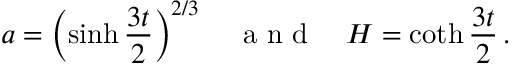
a = \left( \sinh \frac { 3 t } { 2 } \right) ^ { 2 / 3 } \quad \mathrm { ~ a ~ n ~ d ~ } \quad H = \coth \frac { 3 t } { 2 } \, .